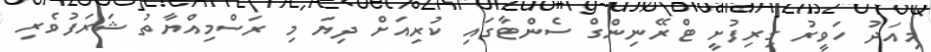
މިއަދު ހަވީރު ގިރިފުށީ ޓްރޭނިންގް ސެންޓާގައި ކުރިއަށް ދިޔަ މި ރަސްމިއްޔާތު ޝަރަފުވެރި